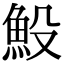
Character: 𩵤